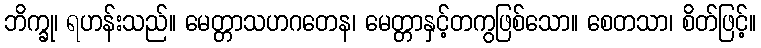
ဘိက္ခု၊ ရဟန်းသည်။ မေတ္တာသဟဂတေန၊ မေတ္တာနှင့်တကွဖြစ်သော။ စေတသာ၊ စိတ်ဖြင့်။